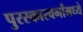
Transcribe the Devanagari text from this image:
पुरस्कारवर्गांमध्ये